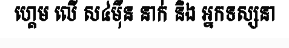
ហ្គេម លើ ស៤ម៉ឺន នាក់ និង អ្នកទស្សនា